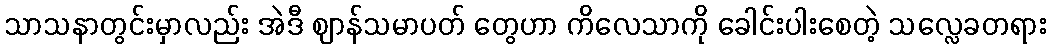
သာသနာတွင်းမှာလည်း အဲဒီ ဈာန်သမာပတ် တွေဟာ ကိလေသာကို ခေါင်းပါးစေတဲ့ သလ္လေခတရား